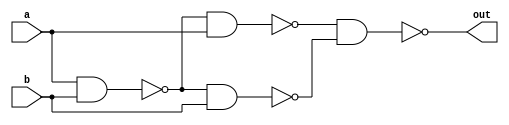
`timescale 1ns / 1ps
//////////////////////////////////////////////////////////////////////////////////
// Company: 
// Engineer: 
// 
// Design Name: 
// Module Name:    Custom_XOR 
// Project Name: 
// Target Devices: 
// Tool versions: 
// Description: 
//
// Dependencies: 
//
// Revision: 
// Revision 0.01 - File Created
// Additional Comments: 
//
//////////////////////////////////////////////////////////////////////////////////
module Custom_XOR(out, a, b);
	input a, b;
	output out;
	
	wire w0, w1, w2, w3, w4, w5, w6;
	
	and	and0	(w0, a, b);
	and	and1	(w2, w1, a);
	and	and2	(w3, w1, b);
	and	and3	(w6, w4, w5);
	
	not	not0	(w1, w0);
	not	not1	(w4, w2);
	not	not2	(w5, w3);
	not	not3	(out, w6);


endmodule